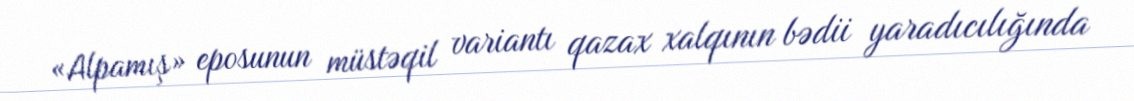
«Alpamış» eposunun müstəqil variantı qazax xalqının bədii yaradıcılığında